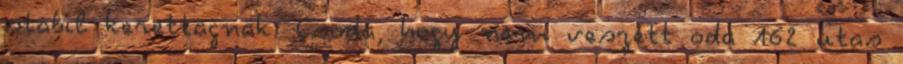
stabil kerettagnak. Csoda, hogy nem veszett oda 162 utas